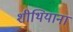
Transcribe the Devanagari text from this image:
शीथियाना